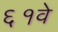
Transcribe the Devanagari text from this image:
६१वे